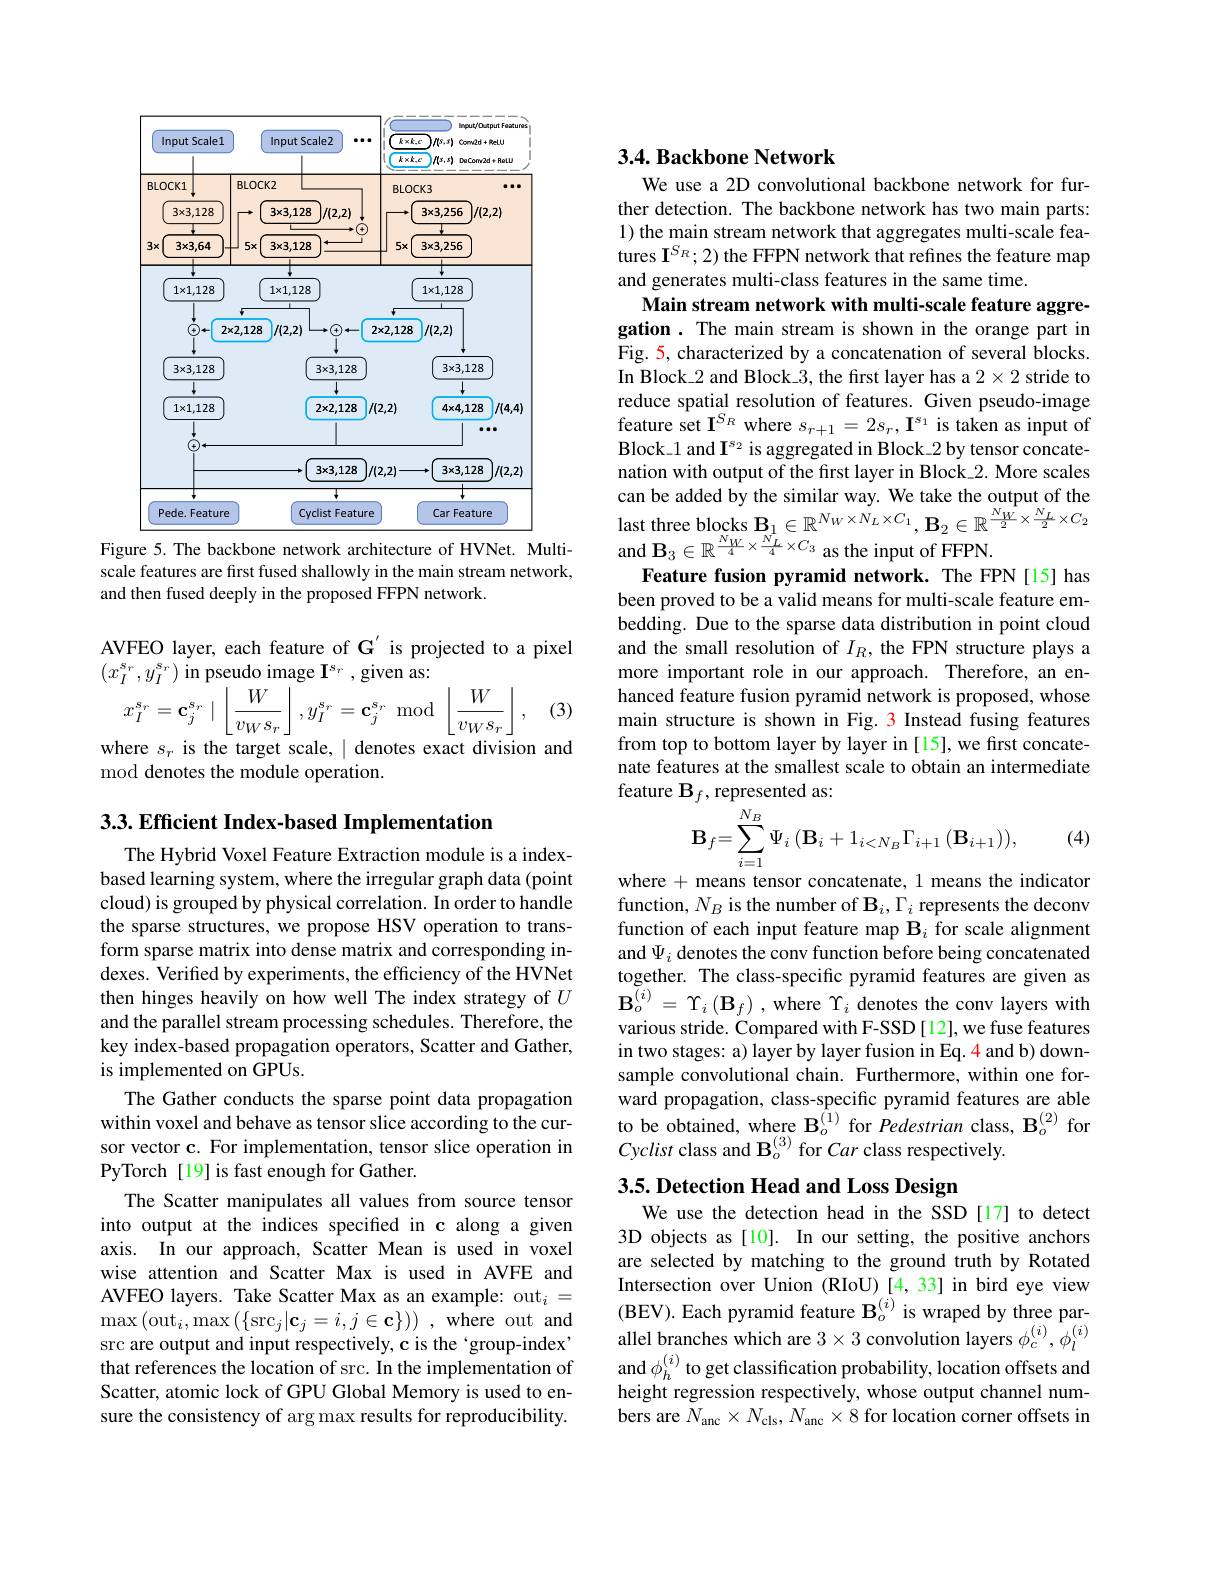
<FigureHere>
Figure 5. The backbone network architecture of HVNet. Multi-

scale features are first fused shallowly in the main stream network,
and then fused deeply in the proposed FFPN network.

AVFEO layer, each feature of G'is projected to a pixel
$(x_I^{s_r},y_I^{s_r})$in pseudo image $\mathbf{I}^\text{s}_r$,given as:
$$x_{I}^{s_{r}}=\mathbf{c}_{j}^{s_{r}}\mid\left\lfloor\frac{W}{v_{W}s_{r}}\right\rfloor,y_{I}^{s_{r}}=\mathbf{c}_{j}^{s_{r}}\mod\left\lfloor\frac{W}{v_{W}s_{r}}\right\rfloor,$$
(3)

where $s_{r}$ is the target scale, $\mid$denotes exact division and
mod denotes the module operation.

$3. 3. \textbf{Efficient Index- based Implementation}$

The Hybrid Voxel Feature Extraction module is a indexbased learning system, where the irregular graph data (point cloud) is grouped by physical correlation. In order to handle the sparse structures, we propose HSV operation to transform sparse matrix into dense matrix and corresponding indexes. Verified by experiments, the efficiency of the HVNet then hinges heavily on how well The index strategy of $U$ and the parallel stream processing schedules. Therefore, the key index-based propagation operators, Scatter and Gather, is implemented on GPUs.
The Gather conducts the sparse point data propagation within voxel and behave as tensor slice according to the cursor vector c. For implementation, tensor slice operation in PyTorch [19] is fast enough for Gather.
The Scatter manipulates all values from source tensor into output at the indices specified in c along a given axis. In our approach, Scatter Mean is used in voxel wise attention and Scatter Max is used in AVFE and AVFEO layers. Take Scatter Max as an example: out$_i=$ $\operatorname*{max}\left(\mathrm{out}_{i},\mathrm{max}\left(\{\mathrm{src}_{j}|\mathbf{c}_{j}=i,j\in\mathbf{c}\}\right)\right)$,where out and src are output and input respectively, c is the 'group-index' that references the location of src. In the implementation of Scatter, atomic lock of GPU Global Memory is used to ensure the consistency of arg max results for reproducibility.

### $3. 4. \textbf{Backbone Network}$

We use a 2D convolutional backbone network for further detection. The backbone network has two main parts: 1) the main stream network that aggregates multi-scale features I$^{S_R};2)$ the FFPN network that refines the feature map and generates multi-class features in the same time.
Main stream network with multi-scale feature aggregation . The main stream is shown in the orange part in Fig. 5, characterized by a concatenation of several blocks. In Block\_2 and Block\_3, the first layer has a $2\times2$ stride to reduce spatial resolution of features. Given pseudo-image feature set $\mathbf{I}^{S_R}$ where $s_{r+1}=2s_r,\mathbf{I}^{s_1}$ is taken as input of Block\_1 and I$^{s_2}$ is aggregated in Block\_2 by tensor concatenation with output of the first layer in Block\_2. More scales can be added by the similar way. We take the output of the last three blocks $\mathbf{B}_1\in\mathbb{R}^{N_W\times N_L\times C_1},\mathbf{B}_2\in\mathbb{R}^{\frac{N_W}2\times\frac{N_L}2\times C_2}$ and $\mathbf{B}_3\in\mathbb{R}^{\frac{N_W}4\times\frac{N_L}4\times C_3}$ as the input of FFPN.
Feature fusion pyramid network. The FPN[15] has been proved to be a valid means for multi-scale feature embedding. Due to the sparse data distribution in point cloud and the small resolution of $I_R$, the FPN structure plays a more important role in our approach. Therefore, an enhanced feature fusion pyramid network is proposed, whose main structure is shown in Fig. 3 Instead fusing features from top to bottom layer by layer in [15], we first concatenate features at the smallest scale to obtain an intermediate feature $\mathbf{B}_f$,represented as:
$$\mathbf{B}_{f}=\sum_{i=1}^{N_{B}}\Psi_{i}\left(\mathbf{B}_{i}+1_{i<N_{B}}\Gamma_{i+1}\left(\mathbf{B}_{i+1}\right)\right),$$
(4)

where + means tensor concatenate, 1 means the indicator function, $N_B$ is the number of $\mathbf{B}_i,\Gamma_i$ represents the deconv function of each input feature map $\mathbf{B}_i$ for scale alignment and $\Psi_i$ denotes the conv function before being concatenated together. The class-specific pyramid features are given as $\mathbf{B}_{o}^{(i)}=\Upsilon_{i}\left(\mathbf{B}_{f}\right)$,where $\Upsilon_{i}$ denotes the conv layers with various stride. Compared with F-SSD [12], we fuse features in two stages: a) layer by layer fusion in Eq. 4 and b) downsample convolutional chain. Furthermore, within one forward propagation, class-specific pyramid features are able to be obtained, where $\mathbf{B}_{o}^{(1)}$for Pedestrian class, $\mathbf{B}_{o}^{(2)}$ for Cyclist class and $\mathbf{B}_o^{(3)}$ for Car class respectively.

## 3.5. Detection Head and Loss Design

We use the detection head in the SSD[17] to detect 3D objects as [10]. In our setting, the positive anchors are selected by matching to the ground truth by Rotated Intersection over Union (RIoU) [4,33] in bird eye view (BEV). Each pyramid feature $\mathbf{B}_o^{(i)}$ is wraped by three parallel branches which are $3\times3$ convolution layers $\phi_c^{(i)},\phi_l^{(i)}$ $\begin{array}{l}\mathrm{and~}\phi_{h}^{(i)}\text{ to get classification probability, location offsets and}\\\mathrm{height~regression~respectively,~whose~output~channel~num-}\end{array}$ bers are $N_{\mathrm{anc}}\times N_{\mathrm{cls}},N_{\mathrm{anc}}\times8$ for location corner offsets in